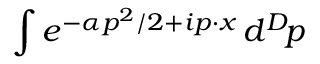
\int e ^ { - \alpha p ^ { 2 } / 2 + i p \cdot x } \, d ^ { D } \! p